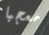
معجبا